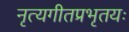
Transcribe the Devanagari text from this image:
नृत्यगीतप्रभृतयः